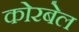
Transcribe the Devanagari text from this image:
कोरबेल